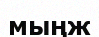
мыңж